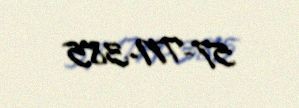
57-TN-385